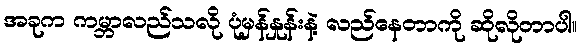
အခုက ကမ္ဘာလည်သလို ပုံမှန်နှုန်းနဲ့ လည်နေတာကို ဆိုလိုတာပါ။